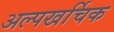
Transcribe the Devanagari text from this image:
अल्पखर्चिक